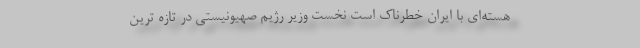
هسته‌ای با ایران خطرناک است نخست وزیر رژیم صهیونیستی در تازه ترین